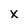
Character: x